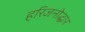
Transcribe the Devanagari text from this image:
हरिजनोद्धार